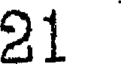
21